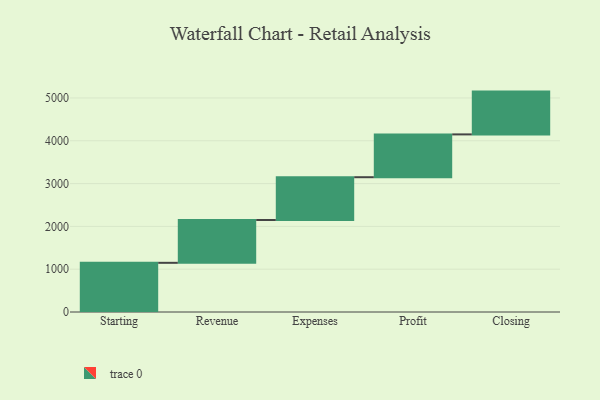
{"axis": {"x": "Step", "y": "Value"}, "legend": [""], "data": [{"x": "Starting", "y": 1149.0, "type": ""}, {"x": "Revenue", "y": 1000, "type": ""}, {"x": "Expenses", "y": 1000, "type": ""}, {"x": "Profit", "y": 1000, "type": ""}, {"x": "Closing", "y": 1000, "type": ""}]}